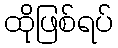
ထိုဖြစ်ရပ်